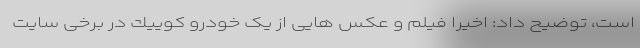
است، توضیح داد: اخيرا فيلم و عكس هايی از یک خودرو كویيك در برخی سایت